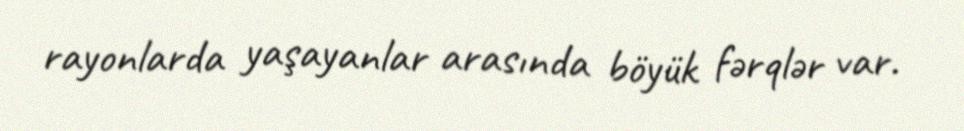
rayonlarda yaşayanlar arasında böyük fərqlər var.